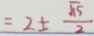
= 2 \pm \frac { \sqrt { 1 5 } } { 2 }